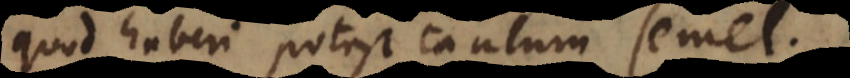
quod haberi potest tantum semel.